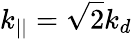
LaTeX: k_{||}=\sqrt{2}k_{d}